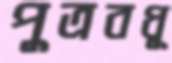
পুত্রবধূ